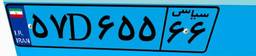
۶۰D۸۶۹۶۱